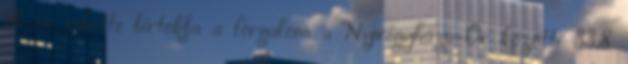
16-án vehette birtokba a forgalom a Nyíregyháza–Őr közötti 33,8